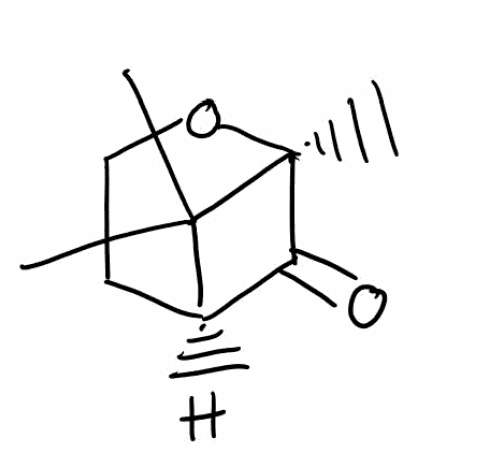
Simplified molecular-input line-entry system (SMILES) notation of the given molecule:
C[C@]12C(=O)[C@H](C1(C)C)CCO2